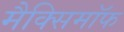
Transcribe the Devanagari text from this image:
मैक्सिमाॅफ